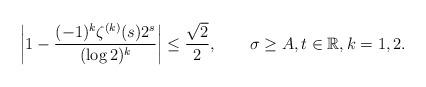
LaTeX: \begin{align*}\left|1-\frac{(-1)^k\zeta^{(k)}(s)2^s}{(\log 2)^k}\right|\leq\frac{\sqrt{2}}{2},\qquad\sigma\geq A,t\in\mathbb{R},k=1,2.\end{align*}